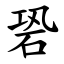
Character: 䂬